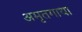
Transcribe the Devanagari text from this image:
अमृतगाथा